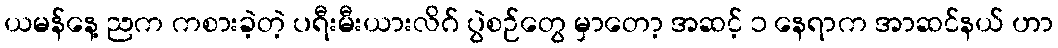
ယမန်နေ့ ညက ကစားခဲ့တဲ့ ပရီးမီးယားလိဂ် ပွဲစဉ်တွေ မှာတော့ အဆင့် ၁ နေရာက အာဆင်နယ် ဟာ